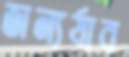
জন্যর্যাব